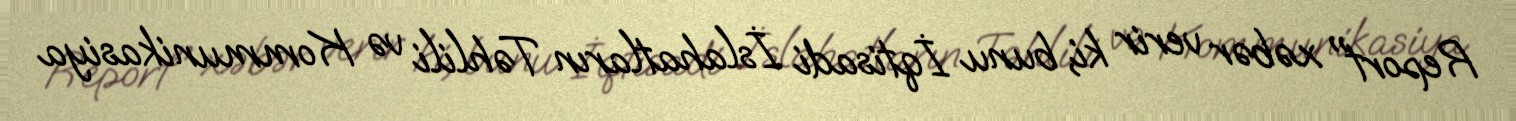
Report" xəbər verir ki, bunu İqtisadi İslahatların Təhlili və Kommunikasiya